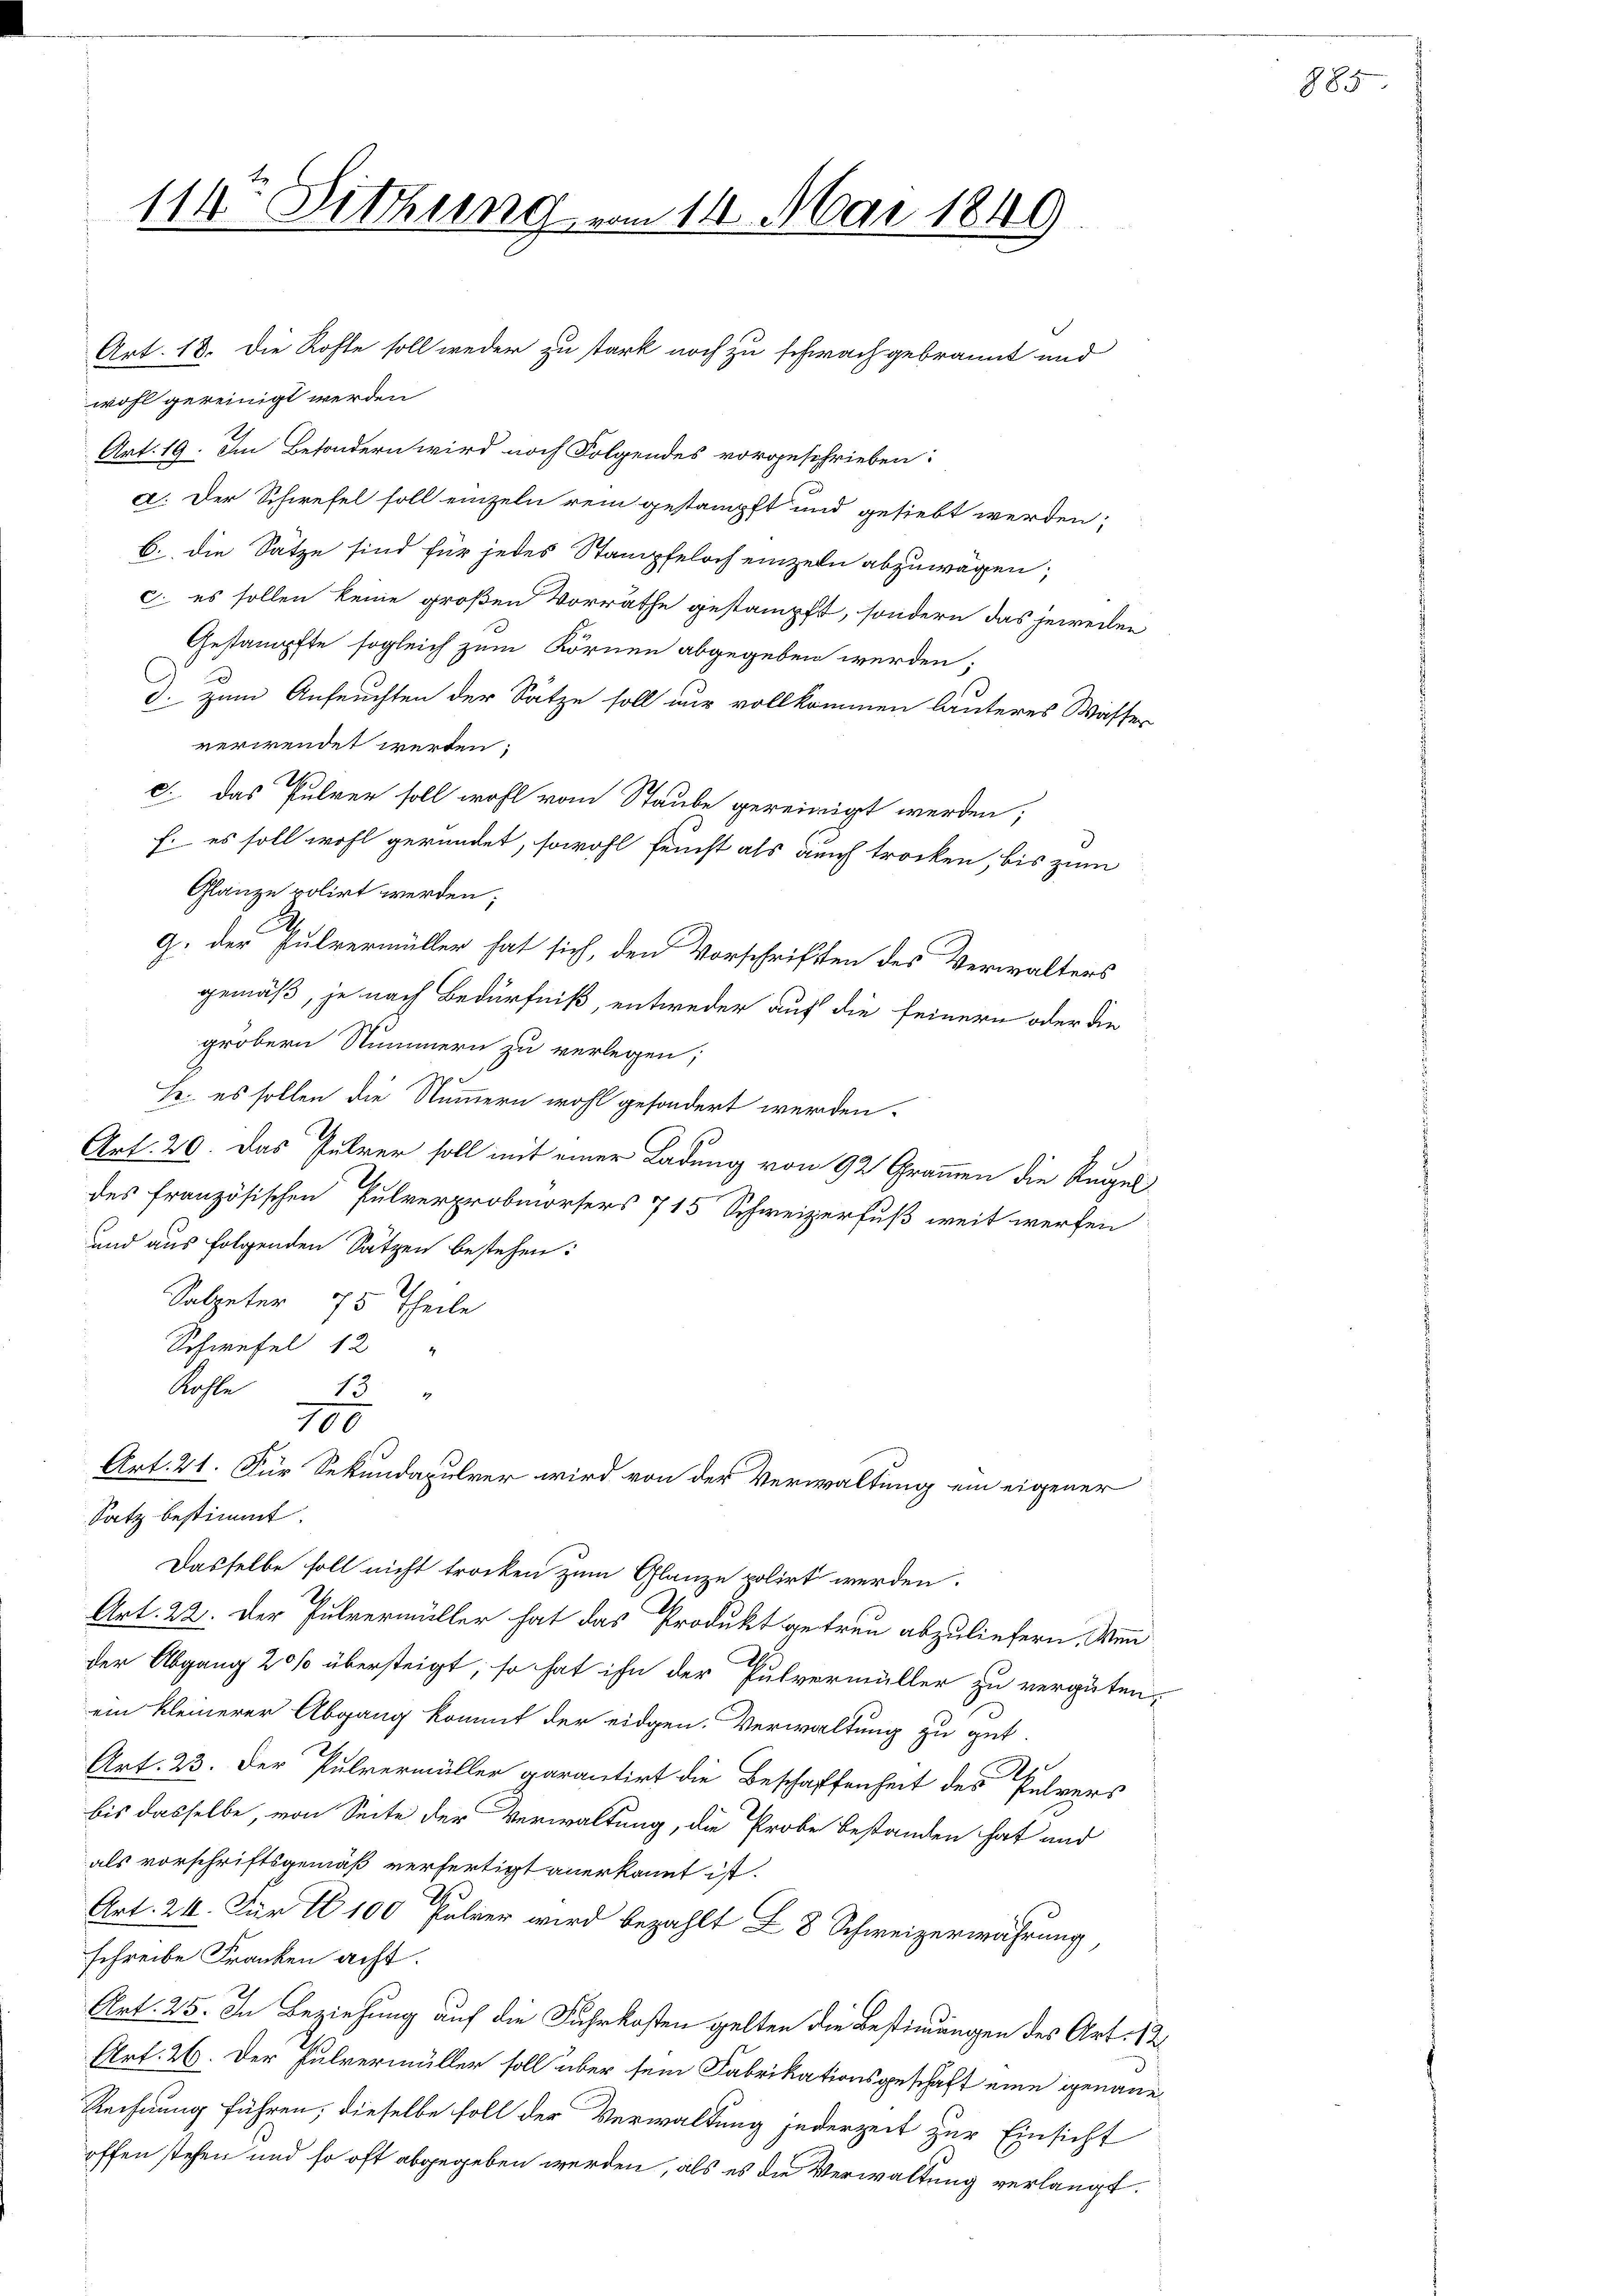
Art. 18. Die Rohte soll weder zu stark noch zu schwach gebrannt und
wohl gereinigt werden
Art. 19. Im Besondern wird noch Folgendes vorgeschrieben:

114 Sitzung vom 14. Mai 1849

a. Der Schwefel soll einzeln rein gestampft und gesiebt werden;
6. die Sätze sind für jedes Stampfeloch einzeln abzuwägen;
c. es sollen keine großen Vorräthe gestampft, sondern das jeweilen
Gestampfte sogleich zum Kornen abgegeben werden;
d. zum Anfeuchten der Sätze soll nur vollkommen läuteres Wasser
verwendet werden;
c. das Pulver soll wohl vom Staube gereinigt werden;
f. es soll wohl geründet, sowohl feinst als auch trocken, bis zum
Glanze volirt werden;
g. der Pulvermüller hat sich, den Vorschriften des Verwalters
gemäß, je nach Bedürfniß, entweder auf die feinern oder die
gröbern Nummern zu verlegen;
h. es sollen die Nummern wohl gesondert werden.
Art. 20. Das Fuhrer soll mit einer Ladung von 92 Grammen die Kugel
des französischen Pulverprobmorsers 715 Schweizerfuß weit werfen
und aus folgenden Sätzen bestehen:
Salpeter 75 Theile
Schwefel 12 "
Nachte
13
100
Art. 21. Für Sekundapulver wird von der Verwaltung ein eigener
Satz bestimmt.
Dasselbe soll nicht trocken zum Glanze polirt werden.
Art. 22. Der Pulvermüller hat das Produkt getreu abzuliefern, Win
der Abgang 20% übersteigt, so hat ihn der Pulvermüller zu vergüten,
ein kleinerer Abgang kommt der eidgen. Verwaltung zu gut.
Art. 23. Der Pulvermüller garantirt die Beschaffenheit des Pulvers
bis dasselbe, von Seite der Verwaltung, die Probe bestanden hat und
als vorschriftsgemäß verfertigt anerkannt ist.
I
Art. 24. Für 10 100 fahrer wird bezahlt Z 8 Schweizerwährung,
schreibe Franken acht.
Art. 25. In Beziehung auf die Fuhrkosten gelten die Bestimmungen des Art. 12
Art. 26. Der Pulvermüller soll über sein Fabrikationsgeschaft eine genaue
Rechnung führen, dieselbe soll der Verwaltung jederzeit zur Einsicht
offen stehen und so oft abgegeben werden, als es die Verwaltung verlangt.

r

885